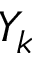
Y _ { k }